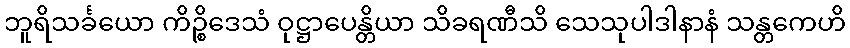
ဘူရိသင်္ခယော ကိဉ္စိဒေသံ ဝုဋ္ဌာပေန္တိယာ သိခရဏီသိ သေသုပါဒါနာနံ သန္တကေဟိ